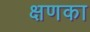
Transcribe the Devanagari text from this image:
क्षणका